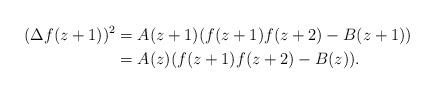
LaTeX: \begin{align*}(\Delta f(z+1))^2&=A(z+1)(f(z+1)f(z+2)-B(z+1))\\&=A(z)(f(z+1)f(z+2)-B(z)).\end{align*}